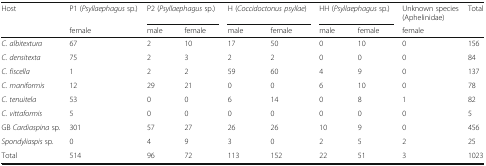
<table><thead><tr><td><b>Host</b></td><td><b>P1 (<i>Psyllaephagus</i> sp.)</b></td><td colspan="2"><b>P2 (<i>Psyllaephagus</i> sp.)</b></td><td colspan="2"><b>H (<i>Coccidoctonus psyllae</i>)</b></td><td colspan="2"><b>HH (<i>Psyllaephagus</i> sp.)</b></td><td><b>Unknown species (Aphelinidae)</b></td><td><b>Total</b></td></tr><tr><td></td><td><b>female</b></td><td><b>male</b></td><td><b>female</b></td><td><b>male</b></td><td><b>female</b></td><td><b>male</b></td><td><b>female</b></td><td><b>female</b></td><td></td></tr></thead><tbody><tr><td><i>C. albitextura</i></td><td>67</td><td>2</td><td>10</td><td>17</td><td>50</td><td>0</td><td>10</td><td>0</td><td>156</td></tr><tr><td><i>C. densitexta</i></td><td>75</td><td>2</td><td>3</td><td>2</td><td>2</td><td>0</td><td>0</td><td>0</td><td>84</td></tr><tr><td><i>C. fiscella</i></td><td>1</td><td>2</td><td>2</td><td>59</td><td>60</td><td>4</td><td>9</td><td>0</td><td>137</td></tr><tr><td><i>C. maniformis</i></td><td>12</td><td>29</td><td>21</td><td>0</td><td>0</td><td>6</td><td>10</td><td>0</td><td>78</td></tr><tr><td><i>C. tenuitela</i></td><td>53</td><td>0</td><td>0</td><td>6</td><td>14</td><td>0</td><td>8</td><td>1</td><td>82</td></tr><tr><td><i>C. vittaformis</i></td><td>5</td><td>0</td><td>0</td><td>0</td><td>0</td><td>0</td><td>0</td><td>0</td><td>5</td></tr><tr><td>GB <i>Cardiaspina</i> sp.</td><td>301</td><td>57</td><td>27</td><td>26</td><td>26</td><td>10</td><td>9</td><td>0</td><td>456</td></tr><tr><td><i>Spondyliaspis</i> sp.</td><td>0</td><td>4</td><td>9</td><td>3</td><td>0</td><td>2</td><td>5</td><td>2</td><td>25</td></tr><tr><td>Total</td><td>514</td><td>96</td><td>72</td><td>113</td><td>152</td><td>22</td><td>51</td><td>3</td><td>1023</td></tr></tbody></table>